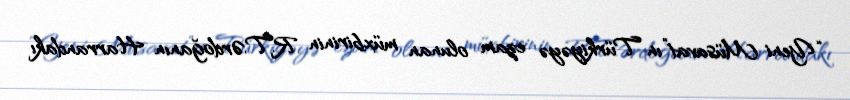
“Yeni Müsavat”ın Türkiyəyə ezam olunan müxbirinin R.T.Ərdoğanın Harrandakı